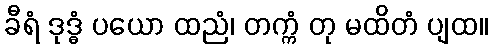
ခီရံ ဒုဒ္ဓံ ပယော ထညံ၊ တက္ကံ တု မထိတံ ပျထ။